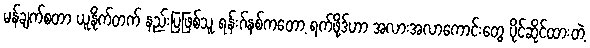
မန်ချက်စတာ ယူနိုက်တက် နည်းပြဖြစ်သူ ရန်းဂ်နစ်ကတော့ ရက်ဖို့ဒ်ဟာ အလားအလာကောင်းတွေ ပိုင်ဆိုင်ထားတဲ့